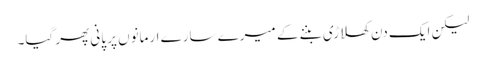
لیکن ایک دن کھلاڑی بننے کے میرے سارے ارمانوں پر پانی پھر گیا۔